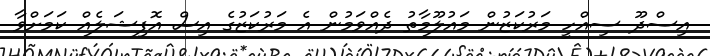
އިސްދޫ ސިއްހީ މަރުކަޒުން މައުލޫމާތު ދެއްވަމުން އެ މަރުކަޒުގެ އިސް އޮފިޝަލެއް ކަމަށްވާ